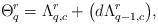
LaTeX: \begin{gather*}\Theta^r_q = \Lambda^r_{q,c} + \big(d \Lambda^r_{q-1,c}\big) ,\end{gather*}